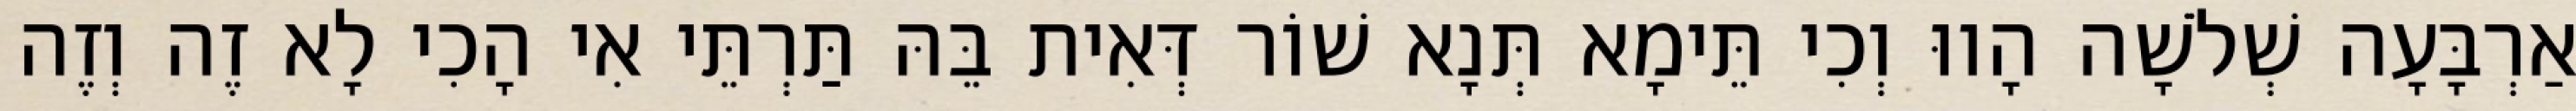
אַרְבָּעָה שְׁלֹשָׁה הָווּ וְכִי תֵּימָא תְּנָא שׁוֹר דְּאִית בֵּהּ תַּרְתֵּי אִי הָכִי לָא זֶה וְזֶה